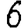
Digit: 6